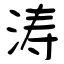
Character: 涛